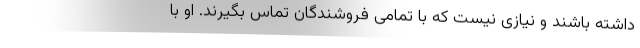
داشته باشند و نیازی نیست که با تمامی فروشندگان تماس بگیرند. او با